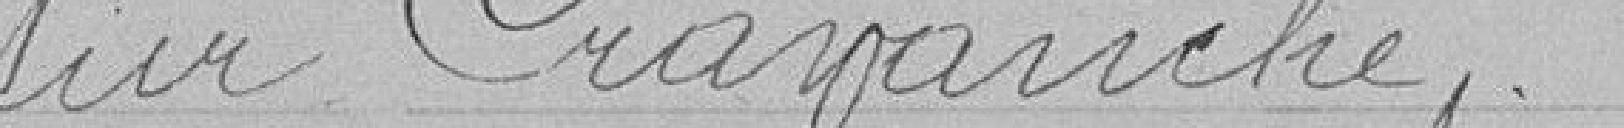
sur Cravanche